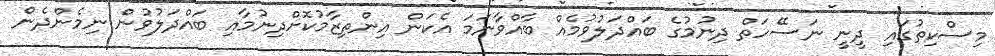
މިސްކިތުގައި ދީނީ ނަސޭހަތް ދިނުމުގެ ބައްދަލުވުމެއް ބާއްވާނަމަ އެކަން އިންތިޒާމުކޮށްދިނުމާއި ބައްދަލުވުން ނިމެންދެން